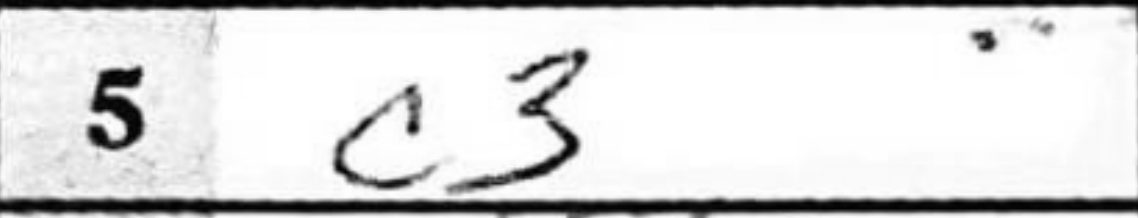
Transcription: c3